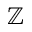
\mathbb { Z }